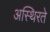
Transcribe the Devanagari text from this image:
अस्थिरते